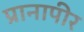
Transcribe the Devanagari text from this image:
प्रानापीर